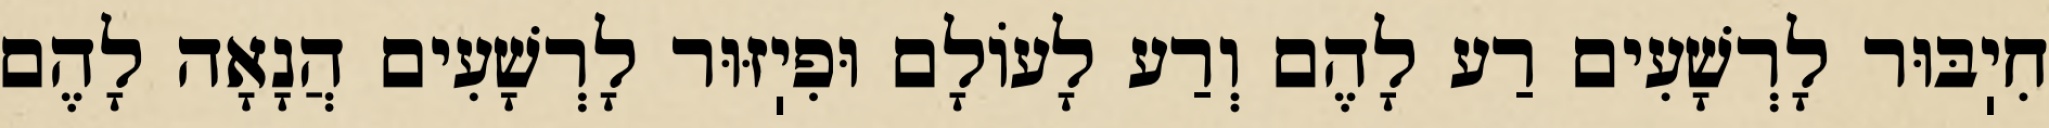
חִיֽבּוּר לָרְשָׁעִים רַע לָהֶם וְרַע לָעוֹלָם וּפִיֽזּוּר לָרְשָׁעִים הֲנָאָה לָהֶם